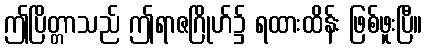
ဤပြိတ္တာသည် ဤရာဇဂြိုဟ်၌ ရထားထိန်း ဖြစ်ဖူးပြီ။